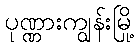
ပုဏ္ဏားကျွန်းမြို့